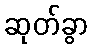
ဆုတ်ခွာ